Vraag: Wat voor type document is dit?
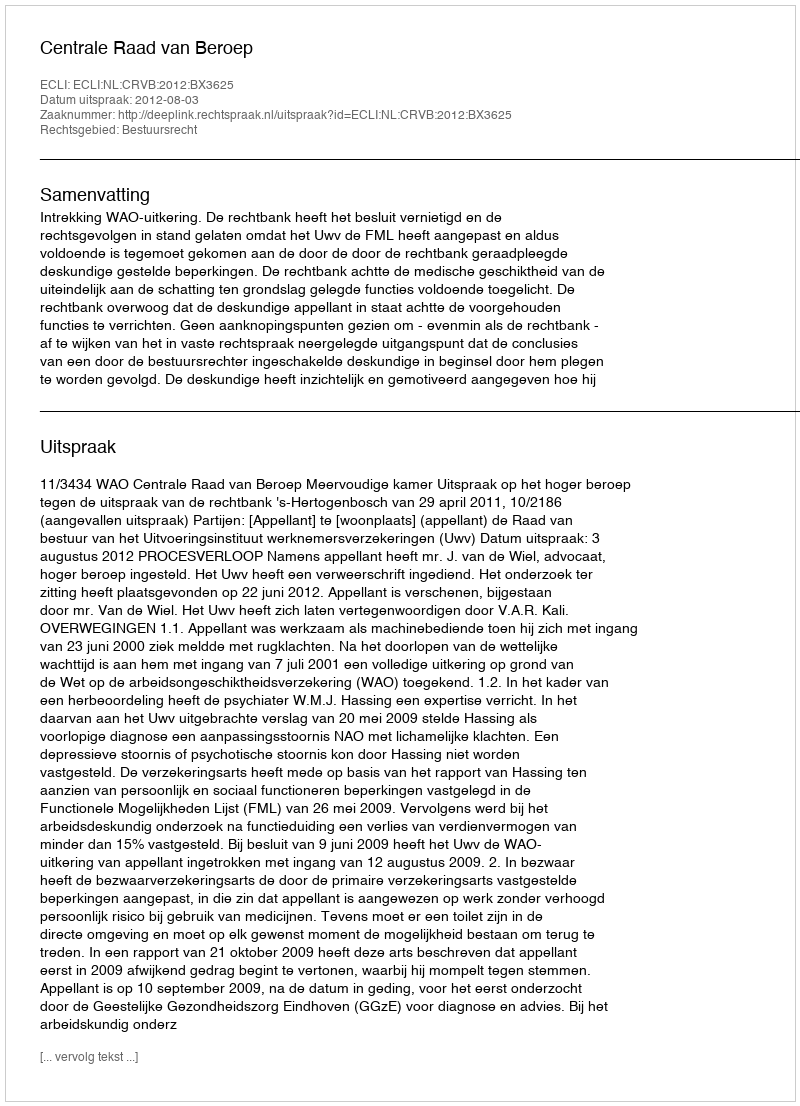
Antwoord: Uitspraak